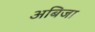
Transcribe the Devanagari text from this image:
अबिजा